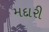
મદારી